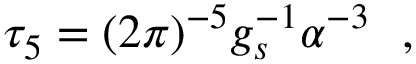
\tau _ { 5 } = ( 2 \pi ) ^ { - 5 } g _ { s } ^ { - 1 } \alpha ^ { - 3 } ~ ~ ,